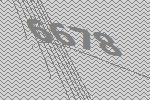
6678